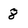
Character: 8